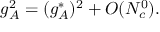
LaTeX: g _ { A } ^ { 2 } = ( g _ { A } ^ { * } ) ^ { 2 } + { \cal O } ( N _ { c } ^ { 0 } ) .